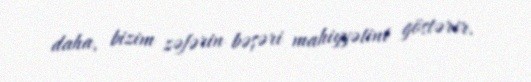
daha, bizim zəfərin bəşəri mahiyyətini göstərir.